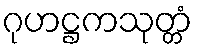
ဂုဟဋ္ဌကသုတ္တံ